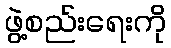
ဖွဲ့စည်းရေးကို